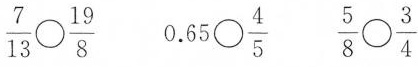
$$\frac { 7 } { 1 3 } \circ \frac { 1 9 } { 8 }$$ $$0 . 6 5 \circ \frac { 4 } { 5 }$$ $$\frac { 5 } { 8 } \circ \frac { 3 } { 4 }$$